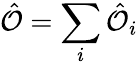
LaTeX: \hat{\mathcal{O}}=\sum_{i}\hat{\mathcal{O}}_{i}